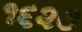
૧૬૨૩